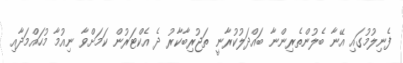
ފެނިލުމުގައި އޭނާ ބެލުންތެރިންނާ ބައްދަލުކުރާނީ ތަޖުރިބާކާރު ދެ އެކްޓަރުން ކަމަށްވާ ނިއުމާ މުހައްމަދާއި